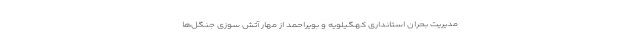
مدیریت بحران استانداری کهگیلویه و بویراحمد از مهار آتش سوزی جنگل‌ها